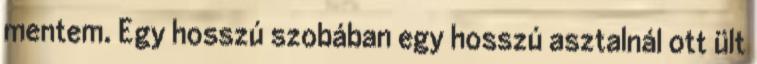
mentem. Egy hosszú szobában egy hosszú asztalnál ott ült